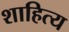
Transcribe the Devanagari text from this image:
शाहित्य